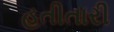
હતીતારી